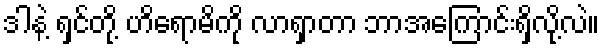
ဒါနဲ့ ရှင်တို့ ဟိရောမိကို လာရှာတာ ဘာအကြောင်းရှိလို့လဲ။